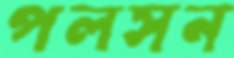
পলসন